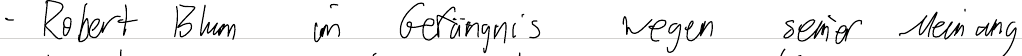
- Robert Blum im Gefängnis wegen seiner Meinung